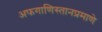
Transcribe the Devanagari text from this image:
अफगाणिस्तानप्रमाणे